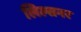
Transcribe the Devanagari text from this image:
लिल्सनर